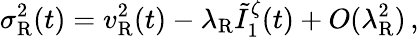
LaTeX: \sigma_{\mathrm{R}}^{2}(t)=v_{\mathrm{R}}^{2}(t)-\lambda_{\mathrm{R}}\tilde{I}_{1}^{\zeta}(t)+O(\lambda_{\mathrm{R}}^{2})\, ,